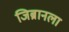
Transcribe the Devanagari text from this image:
जिब्रानला